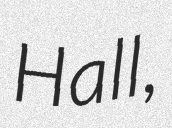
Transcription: Hall,